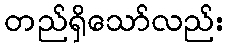
တည်ရှိသော်လည်း